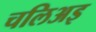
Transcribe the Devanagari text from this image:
चलिअइ